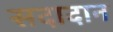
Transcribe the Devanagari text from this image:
सदादान